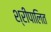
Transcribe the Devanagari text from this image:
श्रीपालित